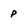
Character: p